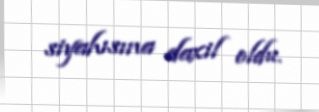
siyahısına daxil oldu.